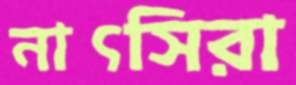
নাৎসিরা